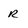
Character: R